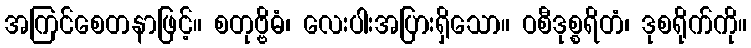
အကြင်စေတနာဖြင့်။ စတုဗ္ဗိဓံ၊ လေးပါးအပြားရှိသော။ ဝစီဒုစ္စရိတံ၊ ဒုစရိုက်ကို။